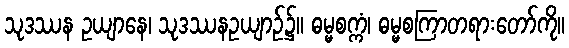
သုဒဿန ဥယျာနေ၊ သုဒဿနဥယျာဉ်၌။ ဓမ္မစက္ကံ၊ ဓမ္မစကြာတရားတော်ကို။